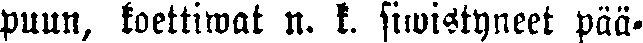
puun, koettiwat n. k. siwistyneet pää-